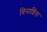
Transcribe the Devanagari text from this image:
विनाशिता